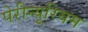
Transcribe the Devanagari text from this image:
पेरीन्यूरियम